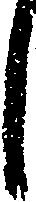
し